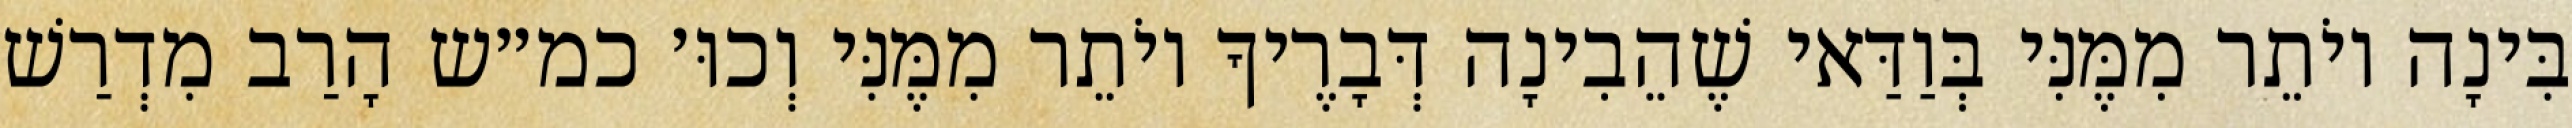
בִּינָה יוֹתֵר מִמֶּנִּי בְּוַדַּאי שֶׁהֵבִינָה דְּבָרֶיךָ יוֹתֵר מִמֶּנִּי וְכוּ׳ כמ״ש הָרַב מִדְרַשׁ